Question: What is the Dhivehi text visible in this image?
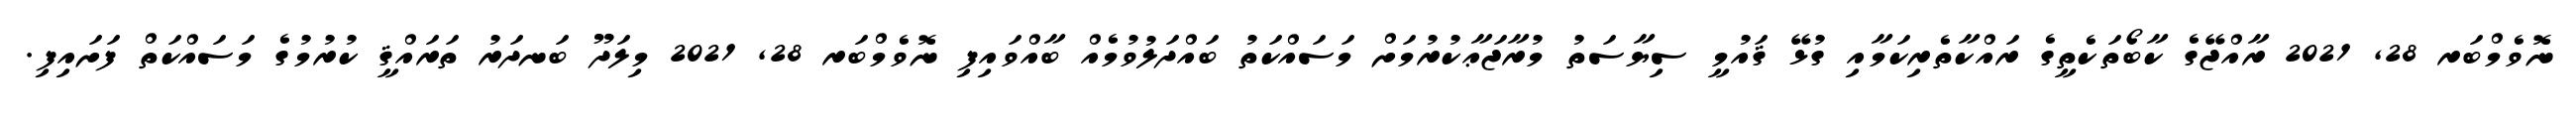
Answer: ނޮވެމްބަރ 28, 2021 ރާއްޖޭގެ ކާބޯތަކެތީގެ ރައްކާތެރިކަމާއި ގުޅޭ ޤައުމީ ސިޔާސަތު މުރާޖަޢާކުރުމަށް މަސައްކަތު ބައްދަލުވުމެއް ބާއްވައިފި ނޮވެމްބަރ 28, 2021 މިލަދޫ ބަނދަރު ތަރައްޤީ ކުރުމުގެ މަސައްކަތް ފަށައިފި.